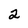
Character: 2